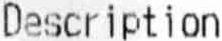
DESCRIPTION